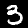
Digit: 3